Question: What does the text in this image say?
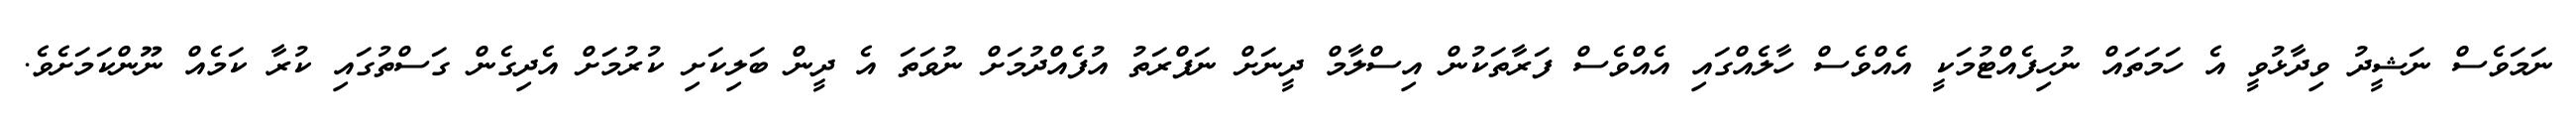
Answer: ނަމަވެސް ނަޝީދު ވިދާޅުވީ އެ ހަމަތައް ނުހިފެއްޓުމަކީ އެއްވެސް ހާލެއްގައި އެއްވެސް ފަރާތަކުން އިސްލާމް ދީނަށް ނަފްރަތު އުފެއްދުމަށް ނުވަތަ އެ ދީން ބަލިކަށި ކުރުމަށް އެދިގެން ގަސްތުގައި ކުރާ ކަމެއް ނޫންކަމަށެވެ.